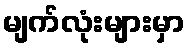
မျက်လုံးများမှာ